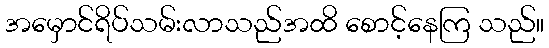
အမှောင်ရိပ်သမ်းလာသည်အထိ စောင့်နေကြ သည်။